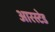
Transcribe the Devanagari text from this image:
आरस्टेड